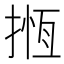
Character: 揯